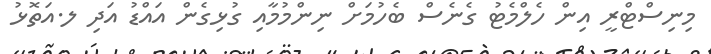
މިނިސްޓްރީ އިން ހެލްމެޓު ގެނެސް ބެހުމަށް ނިންމުމާއި ގުޅިގެން އައްޑު އަދި ލ.އަތޮޅު